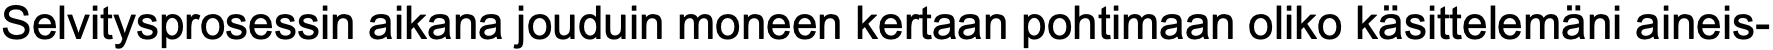
Selvitysprosessin aikana jouduin moneen kertaan pohtimaan oliko käsittelemäni aineis-